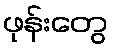
ဖုန်းတွေ